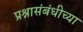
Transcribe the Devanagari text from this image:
प्रश्नासंबंधीच्या